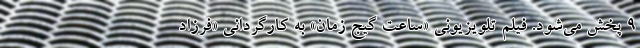
۹ پخش می‌شود. فیلم تلویزیونی «ساعت گیج زمان» به کارگردانی «فرزاد